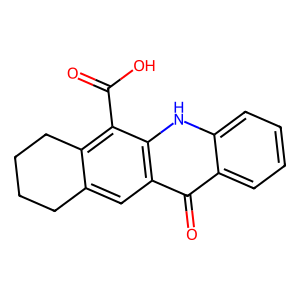
SMILES: O=C(O)c1c2c(cc3c(=O)c4ccccc4[nH]c13)CCCC2
Inhibits HIV replication: No